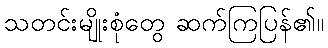
သတင်းမျိုးစုံတွေ ဆက်ကြပြန်၏။